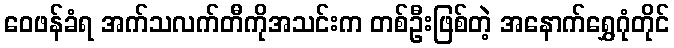
ဝေဖန်ခံရ အက်သလက်တီကိုအသင်းက တစ်ဦးဖြစ်တဲ့ အနောက်ရွှေဂုံတိုင်